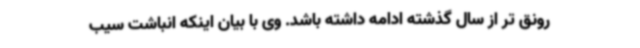
رونق تر از سال گذشته ادامه داشته باشد. وی با بیان اینکه انباشت سیب